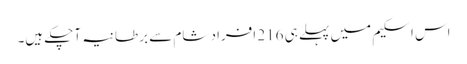
اس اسکیم میں پہلے ہی 216 افراد شام سے برطانیہ آچکے ہیں۔